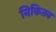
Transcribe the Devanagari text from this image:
निकितन